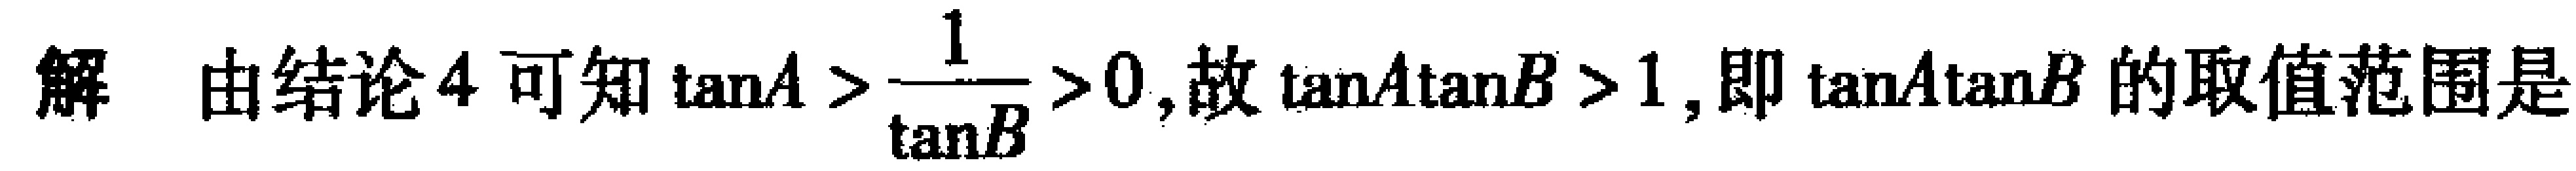
解 由结论4可知$\tan A > \dfrac{1}{\tan B}> 0$,故$\tan A\tan B > 1$,即$\tan A\tan B$的取值范围是